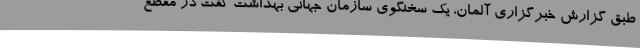
طبق گزارش خبرگزاری آلمان، یک سخنگوی سازمان جهانی بهداشت گفت در مقطع